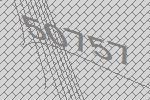
50757